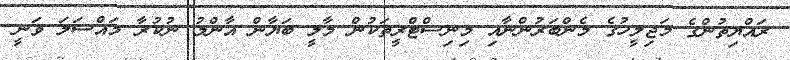
ރައްޔިތުންގެ މަޖިލީހުގެ މެންބަރުންނާއި މިނިސްޓްރީތަކުން މާލީ ބަޔާން އާންމު ނުކުރާ މައްސަލަ ވަނީ